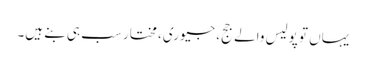
یہاں تو پولیس والے جج، جیوری، مختار سب ہی بنے ہیں۔